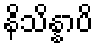
နိသိန္နာပိ